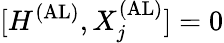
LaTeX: [H^{(\textrm{AL})},X_{j}^{(\textrm{AL})}]=0